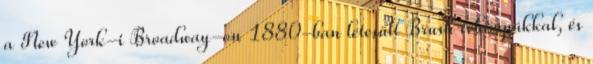
a New York-i Broadway-on 1880-ban létesült Brush ívlámpákkal, és